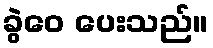
ခွဲဝေ ပေးသည်။